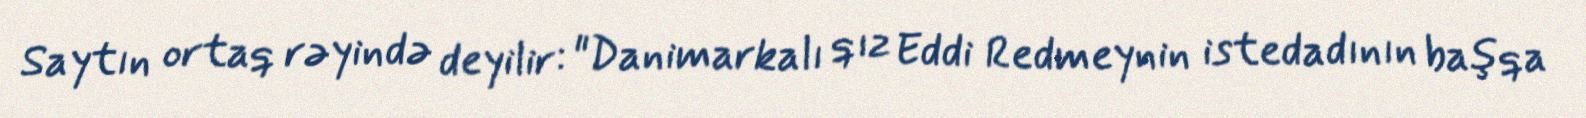
Saytın ortaq rəyində deyilir: "Danimarkalı qız Eddi Redmeynin istedadının başqa